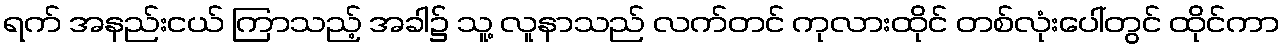
ရက် အနည်းငယ် ကြာသည့် အခါ၌ သူ့ လူနာသည် လက်တင် ကုလားထိုင် တစ်လုံးပေါ်တွင် ထိုင်ကာ